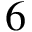
6